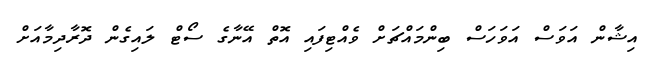
އިޝާން އަވަސް އަވަހަސް ބިންމައްޗަށް ވެއްޓިފައި އޮތް އޭނާގެ ސޯޓް ލައިގެން ދޮރާދިމާއަށް